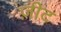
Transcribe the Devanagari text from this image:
ज़ीट